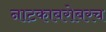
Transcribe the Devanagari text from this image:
नाटकाबरोबरच